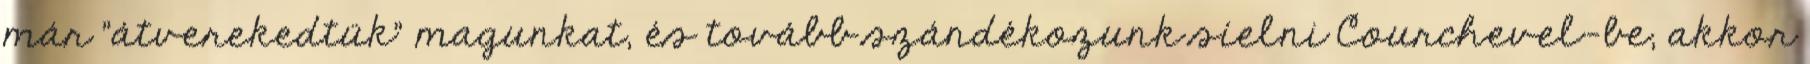
már "átverekedtük" magunkat, és tovább szándékozunk síelni Courchevel-be, akkor